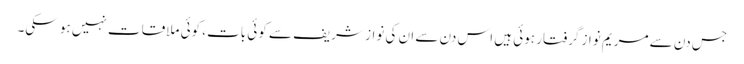
جس دن سے مریم نواز گرفتار ہوئی ہیں اس دن سے ان کی نواز شریف سے کوئی بات، کوئی ملاقات نہیں ہو سکی۔